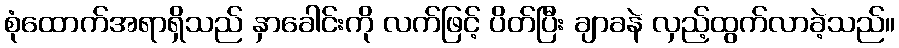
စုံထောက်အရာရှိသည် နှာခေါင်းကို လက်ဖြင့် ပိတ်ပြီး ချာခနဲ လှည့်ထွက်လာခဲ့သည်။